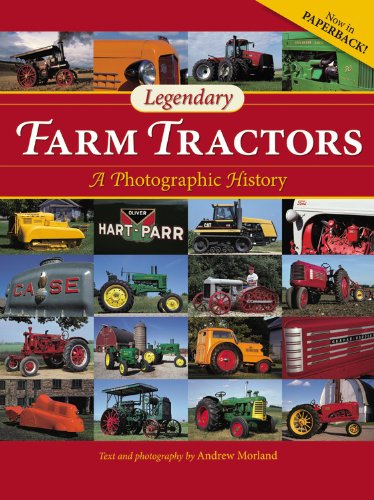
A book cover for Legendary Farm Tractors: A Photographic History; Andrew Morland; Engineering & Transportation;